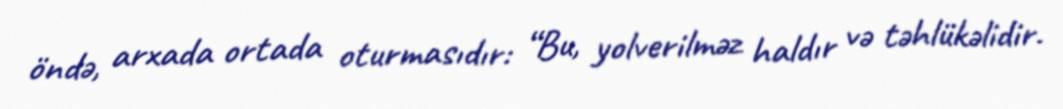
öndə, arxada ortada oturmasıdır: “Bu, yolverilməz haldır və təhlükəlidir.